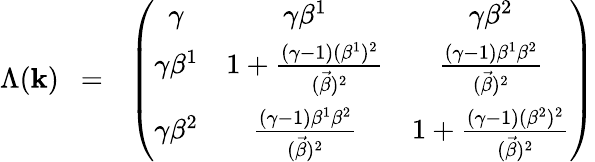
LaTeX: \Lambda(\mathbf{k})~~=~~\left(\begin{array}{ccc}{{{\gamma}}}&{{{\gamma}{\beta}^{1}}}&{{{\gamma}{\beta}^{2}}}\\ {{{\gamma}{\beta}^{1}}}&{{1+\frac{({\gamma}-1)({\beta}^{1})^{2}}{(\vec{\beta})^{2}}}}&{{\frac{({\gamma}-1){\beta}^{1}{\beta}^{2}}{(\vec{\beta})^{2}}}}\\ {{{\gamma}{\beta}^{2}}}&{{\frac{({\gamma}-1){\beta}^{1}{\beta}^{2}}{(\vec{\beta})^{2}}}}&{{1+\frac{({\gamma}-1)({\beta}^{2})^{2}}{(\vec{\beta})^{2}}}}\end{array}\right)